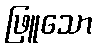
ဖြူသော